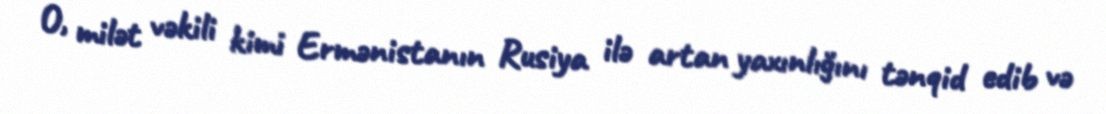
O, milət vəkili kimi Ermənistanın Rusiya ilə artan yaxınlığını tənqid edib və